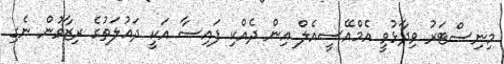
މިނިސްޓަރު ވިދާޅުވީ އެމްއޭސީއެލް އިން ދެއްކި ފައިސާ އަކީ ދައުލަތުގެ ރިޒާވުން ނެގި